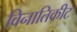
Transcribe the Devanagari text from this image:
विनातिकीट